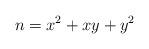
LaTeX: \begin{align*}n=x^2+xy+y^2\end{align*}